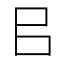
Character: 㠯